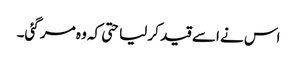
اس نے اسے قید کر لیا حتی کہ وہ مر گئی۔